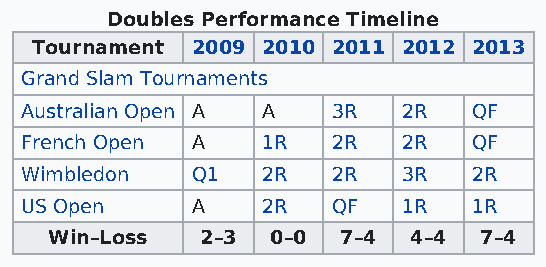
Doubles Performance Timeline
 Tournament 2009 2010 2011 2012 2013
 Grand Slam Tournaments
 Australian Open A A  3R   2R  QF
 French Open A   1R   2R   2R  QF
 Wimbledon   Q1  2R   2R   3R  2R
 US Open     A   2R   QF   1R  1R
 Win–Loss  2–3  0–0  7–4 4–4  7–4